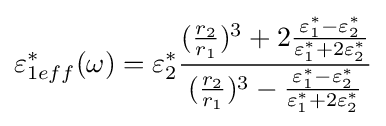
\varepsilon _{1eff}^{*}(\omega )=\varepsilon _{2}^{*}{\frac {({\frac {r_{2}}{r_{1}}})^{3}+2{\frac {\varepsilon _{1}^{*}-\varepsilon _{2}^{*}}{\varepsilon _{1}^{*}+2\varepsilon _{2}^{*}}}}{({\frac {r_{2}}{r_{1}}})^{3}-{\frac {\varepsilon _{1}^{*}-\varepsilon _{2}^{*}}{\varepsilon _{1}^{*}+2\varepsilon _{2}^{*}}}}}